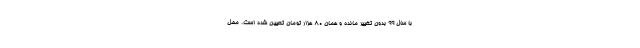
با سال ۹۹ بدون تغییر مانده و همان ۸۰ هزار تومان تعیین شده است. محل